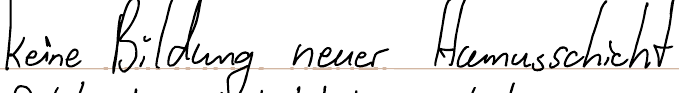
keine Bildung neuer Humusschicht